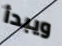
ويبدأ